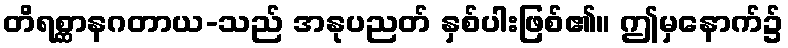
တိရစ္ဆာနဂတာယ-သည် အနုပညတ် နှစ်ပါးဖြစ်၏။ ဤမှနောက်၌